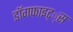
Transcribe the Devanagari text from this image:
डाॅगफाइट््स